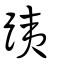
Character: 跠